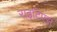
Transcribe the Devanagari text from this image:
राइटिएस